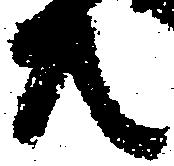
共